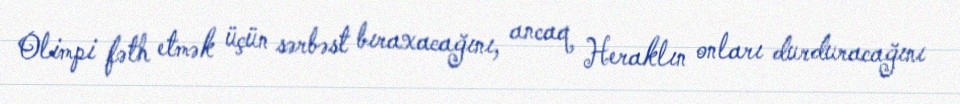
Olimpi fəth etmək üçün sərbəst bıraxacağını, ancaq Heraklın onları durduracağını